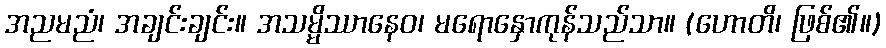
အညမညံ၊ အချင်းချင်း။ အသမ္မိဿာနေဝ၊ မရောနှောကုန်သည်သာ။ (ဟောတိ၊ ဖြစ်၏။)